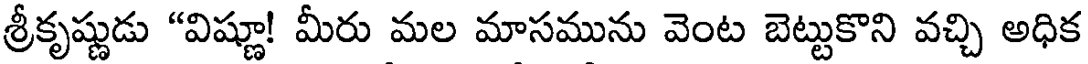
శ్రీకృష్ణుడు "విష్ణూ! మీరు మల మాసమును వెంట బెట్టుకొని వచ్చి అధిక